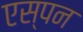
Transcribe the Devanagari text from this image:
एस्पन